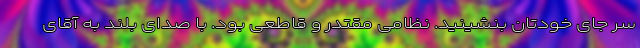
سر جای خودتان بنشینید. نظامی مقتدر و قاطعی بود. با صدای بلند به آقای